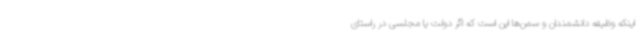
اینکه وظیفه دانشمندان و سمن‌ها این است که اگر دولت یا مجلسی در راستای